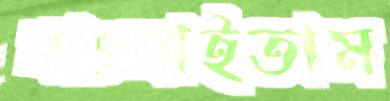
বাৎলাইতাম